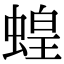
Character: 蝗